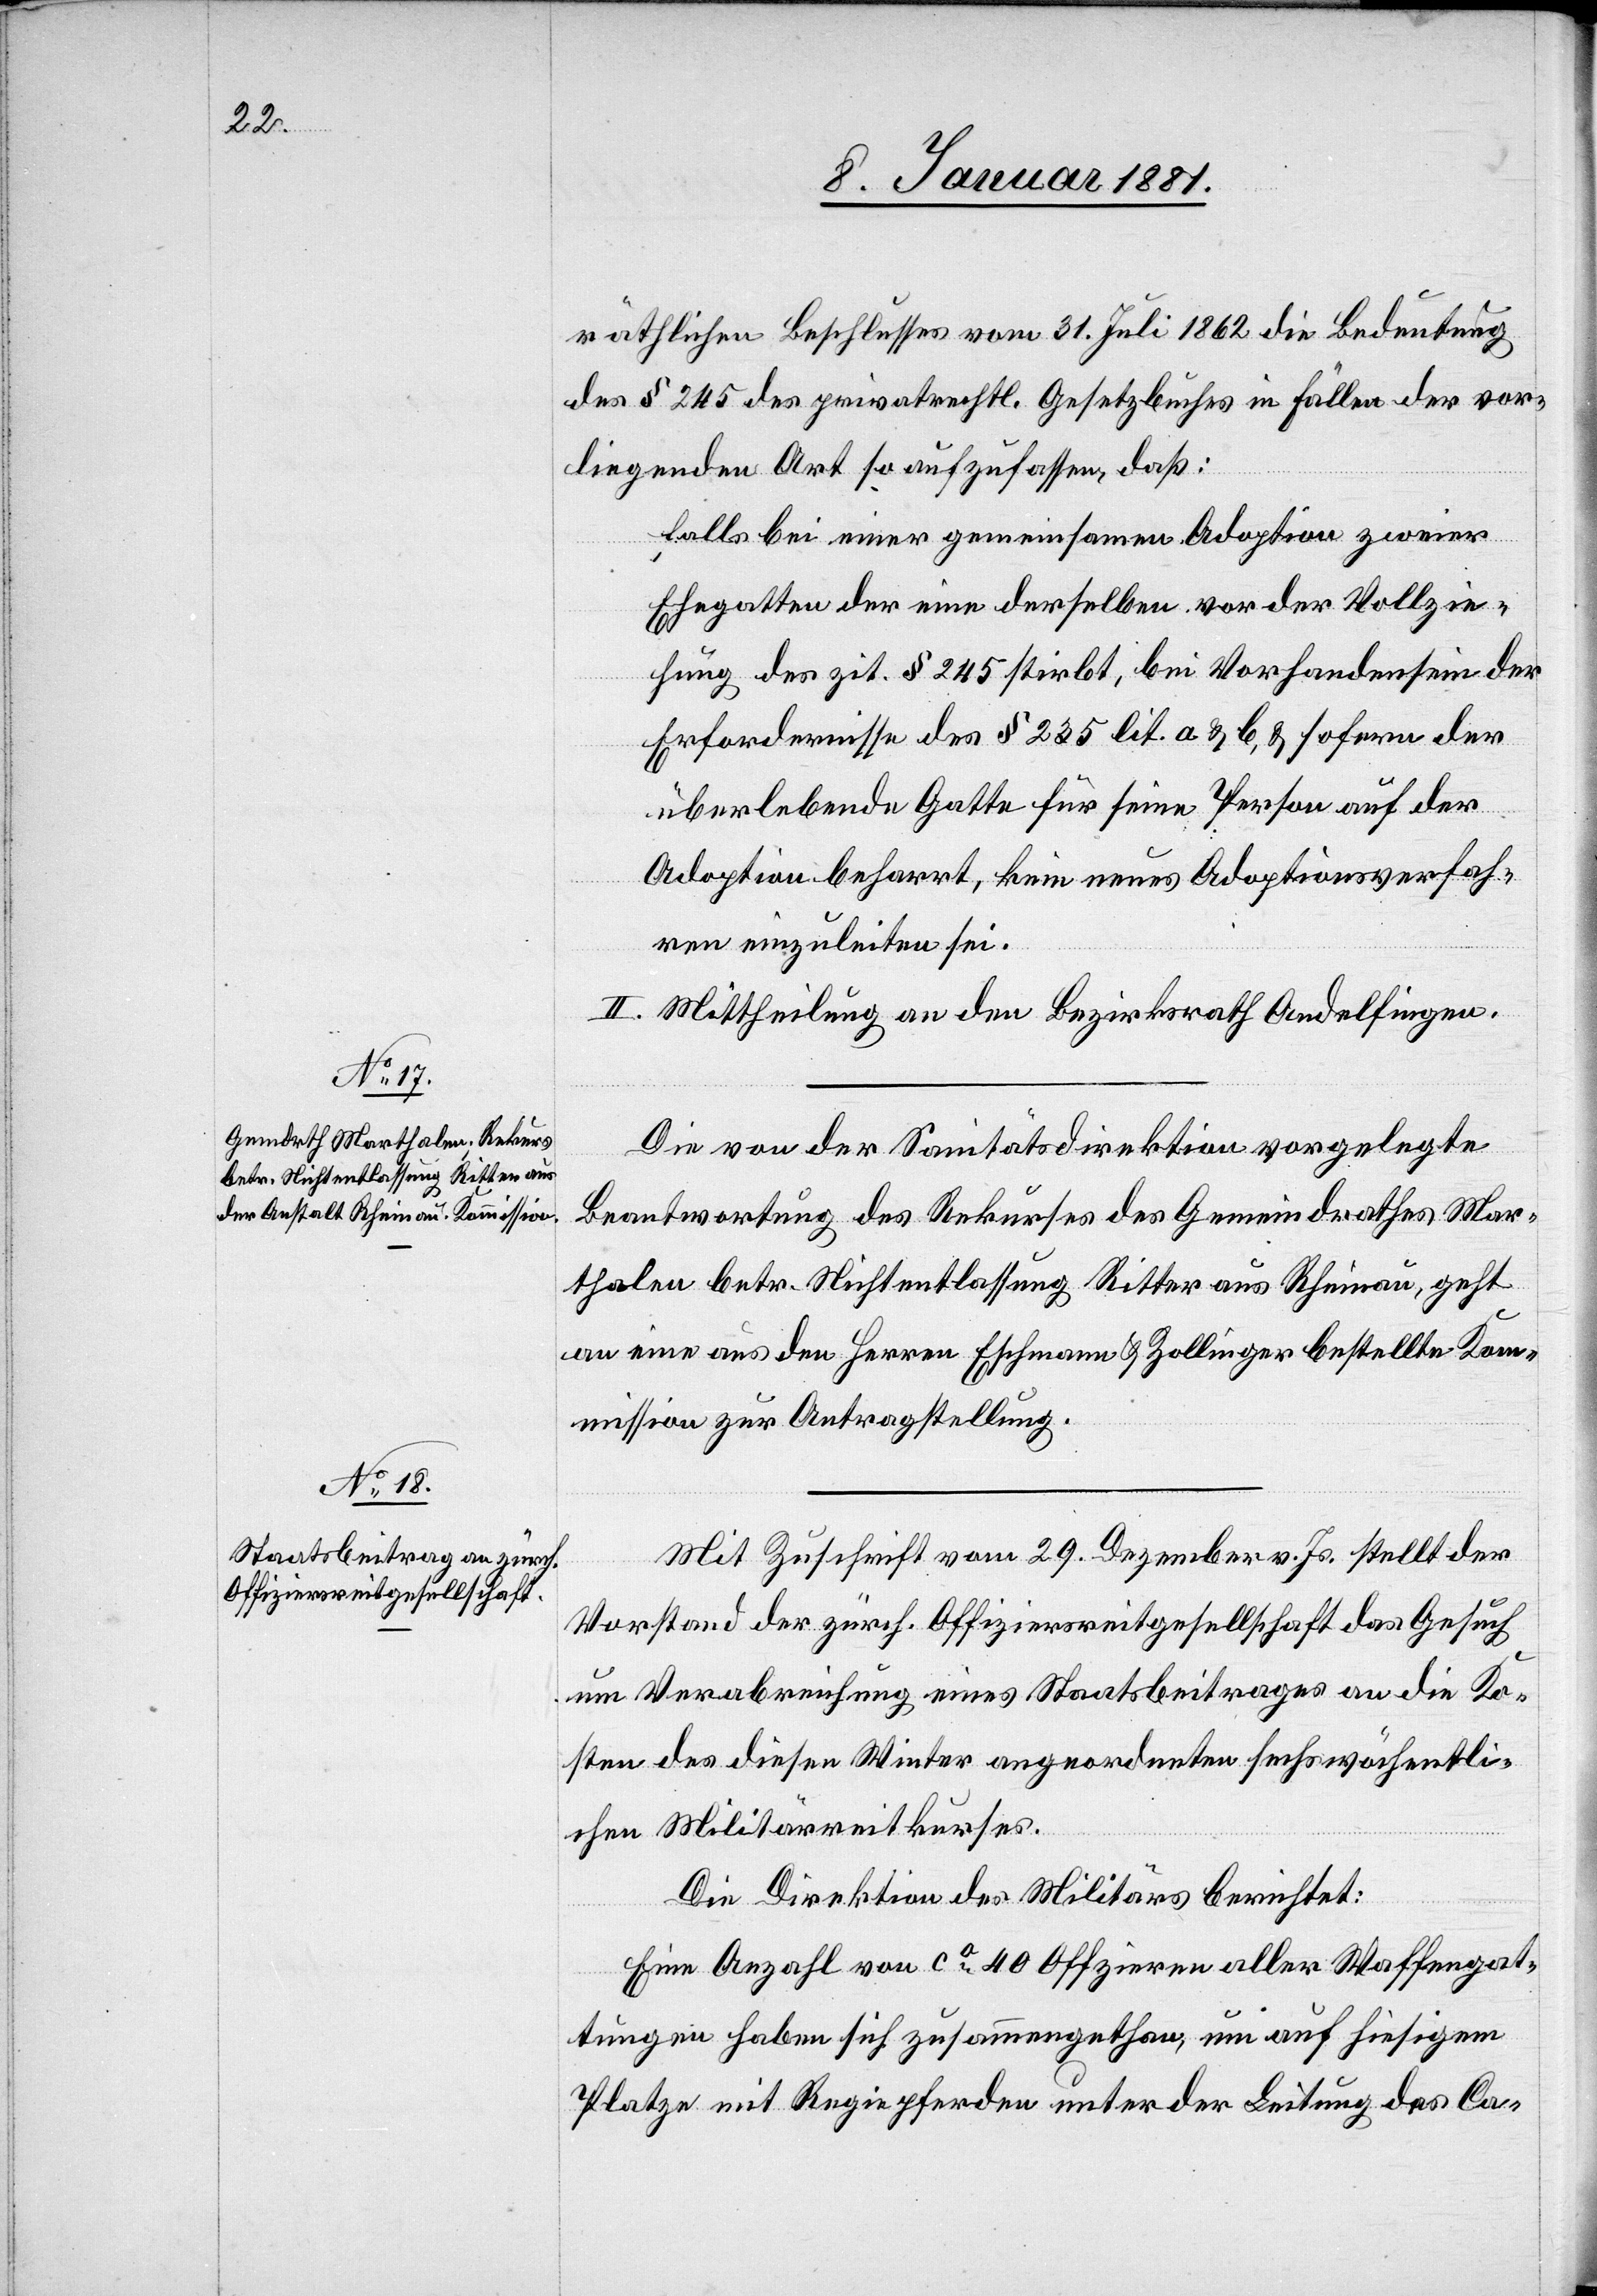
räthlichen Beschlusses vom 31. Juli 1862 die Bedeutung
des § 245 des privatrechtl. Gesetzbuches in Fällen der vor¬
liegenden Art so aufzufassen, daß:
falls bei einer gemeinsamen Adoption zweier
Ehegatten der eine derselben vor der Vollzie¬
hung des zit. § 245 stirbt, bei Vorhandensein der
Erfordernisse des § 235 lit. a & b, & sofern der
überlebende Gatte für seine Person auf der
Adoption beharrt, kein neues Adoptionsverfah¬
ren einzuleiten sei.
II. Mittheilung an den Bezirksrath Andelfingen.
Die von der Sanitätsdirektion vorgelegte
Beantwortung des Rekurses des Gemeindrathes Mar¬
thalen betr. Nichtentlassung Ritter aus Rheinau, geht
an eine aus den Herren Eschmann & Zollinger bestellte Ko¬
mmission zur Antragstellung.
Mit Zuschrift vom 29. Dezember v. Js. stellt der
Vorstand der zürch. Offiziersreitgesellschaft das Gesuch
um Verabreichung eines Staatsbeitrages an die Ko¬
sten des diesen Winter angeordneten sechswöchentli¬
chen Militärreitkurses.
Die Direktion des Militärs berichtet:
Eine Anzahl von ca 40 Offizieren aller Waffengat¬
tungen habe sich zusammengethan, um auf hiesigem
Platze mit Regiepferden unter der Leitung des Ca-